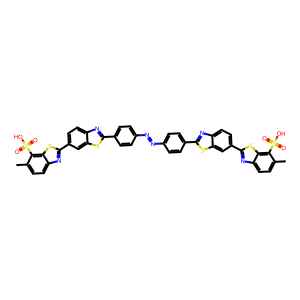
SMILES: Cc1ccc2nc(-c3ccc4nc(-c5ccc(N=Nc6ccc(-c7nc8ccc(-c9nc%10ccc(C)c(S(=O)(=O)O)c%10s9)cc8s7)cc6)cc5)sc4c3)sc2c1S(=O)(=O)O
Inhibits HIV replication: Yes